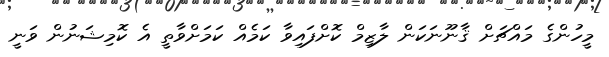
މީހުންގެ މައްޗަށް ޤާނޫނަކަން ލާޒިމް ކޮށްފައިވާ ކަމެއް ކަމަށްވާތީ އެ ކޮމިޝަނުން ވަނީ